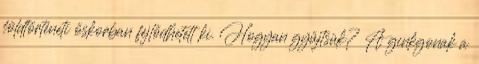
földtörténeti őskorban fejlődhetett ki. Hogyan gyűjtsük? A ginkgonak a